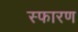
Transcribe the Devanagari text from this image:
स्फारण